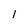
Character: 1